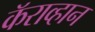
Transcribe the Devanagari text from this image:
कॅराव्हान